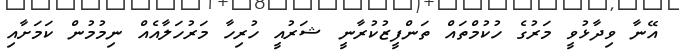
އޭނާ ވިދާޅުވީ މަރުގެ ހުކުމްތައް ތަންފީޒުކުރާނީ ޝަރުއީ ހުރިހާ މަރުހަލާއެއް ނިމުމުން ކަމަށާއި